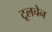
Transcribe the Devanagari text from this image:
टूलचेन